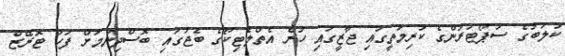
ކުލަބުގެ ސަޕޯޓަރުންގެ ކުރިމަތީގައި ޖާޒީގައި ހުރެ އެތްލެޓިކޯގެ ބެޖުގައި ބޮސްދިނުމަށް ފަހު ޓޮރޭޒް